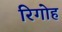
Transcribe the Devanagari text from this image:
रिगोह